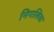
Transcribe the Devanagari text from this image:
निगलिवा